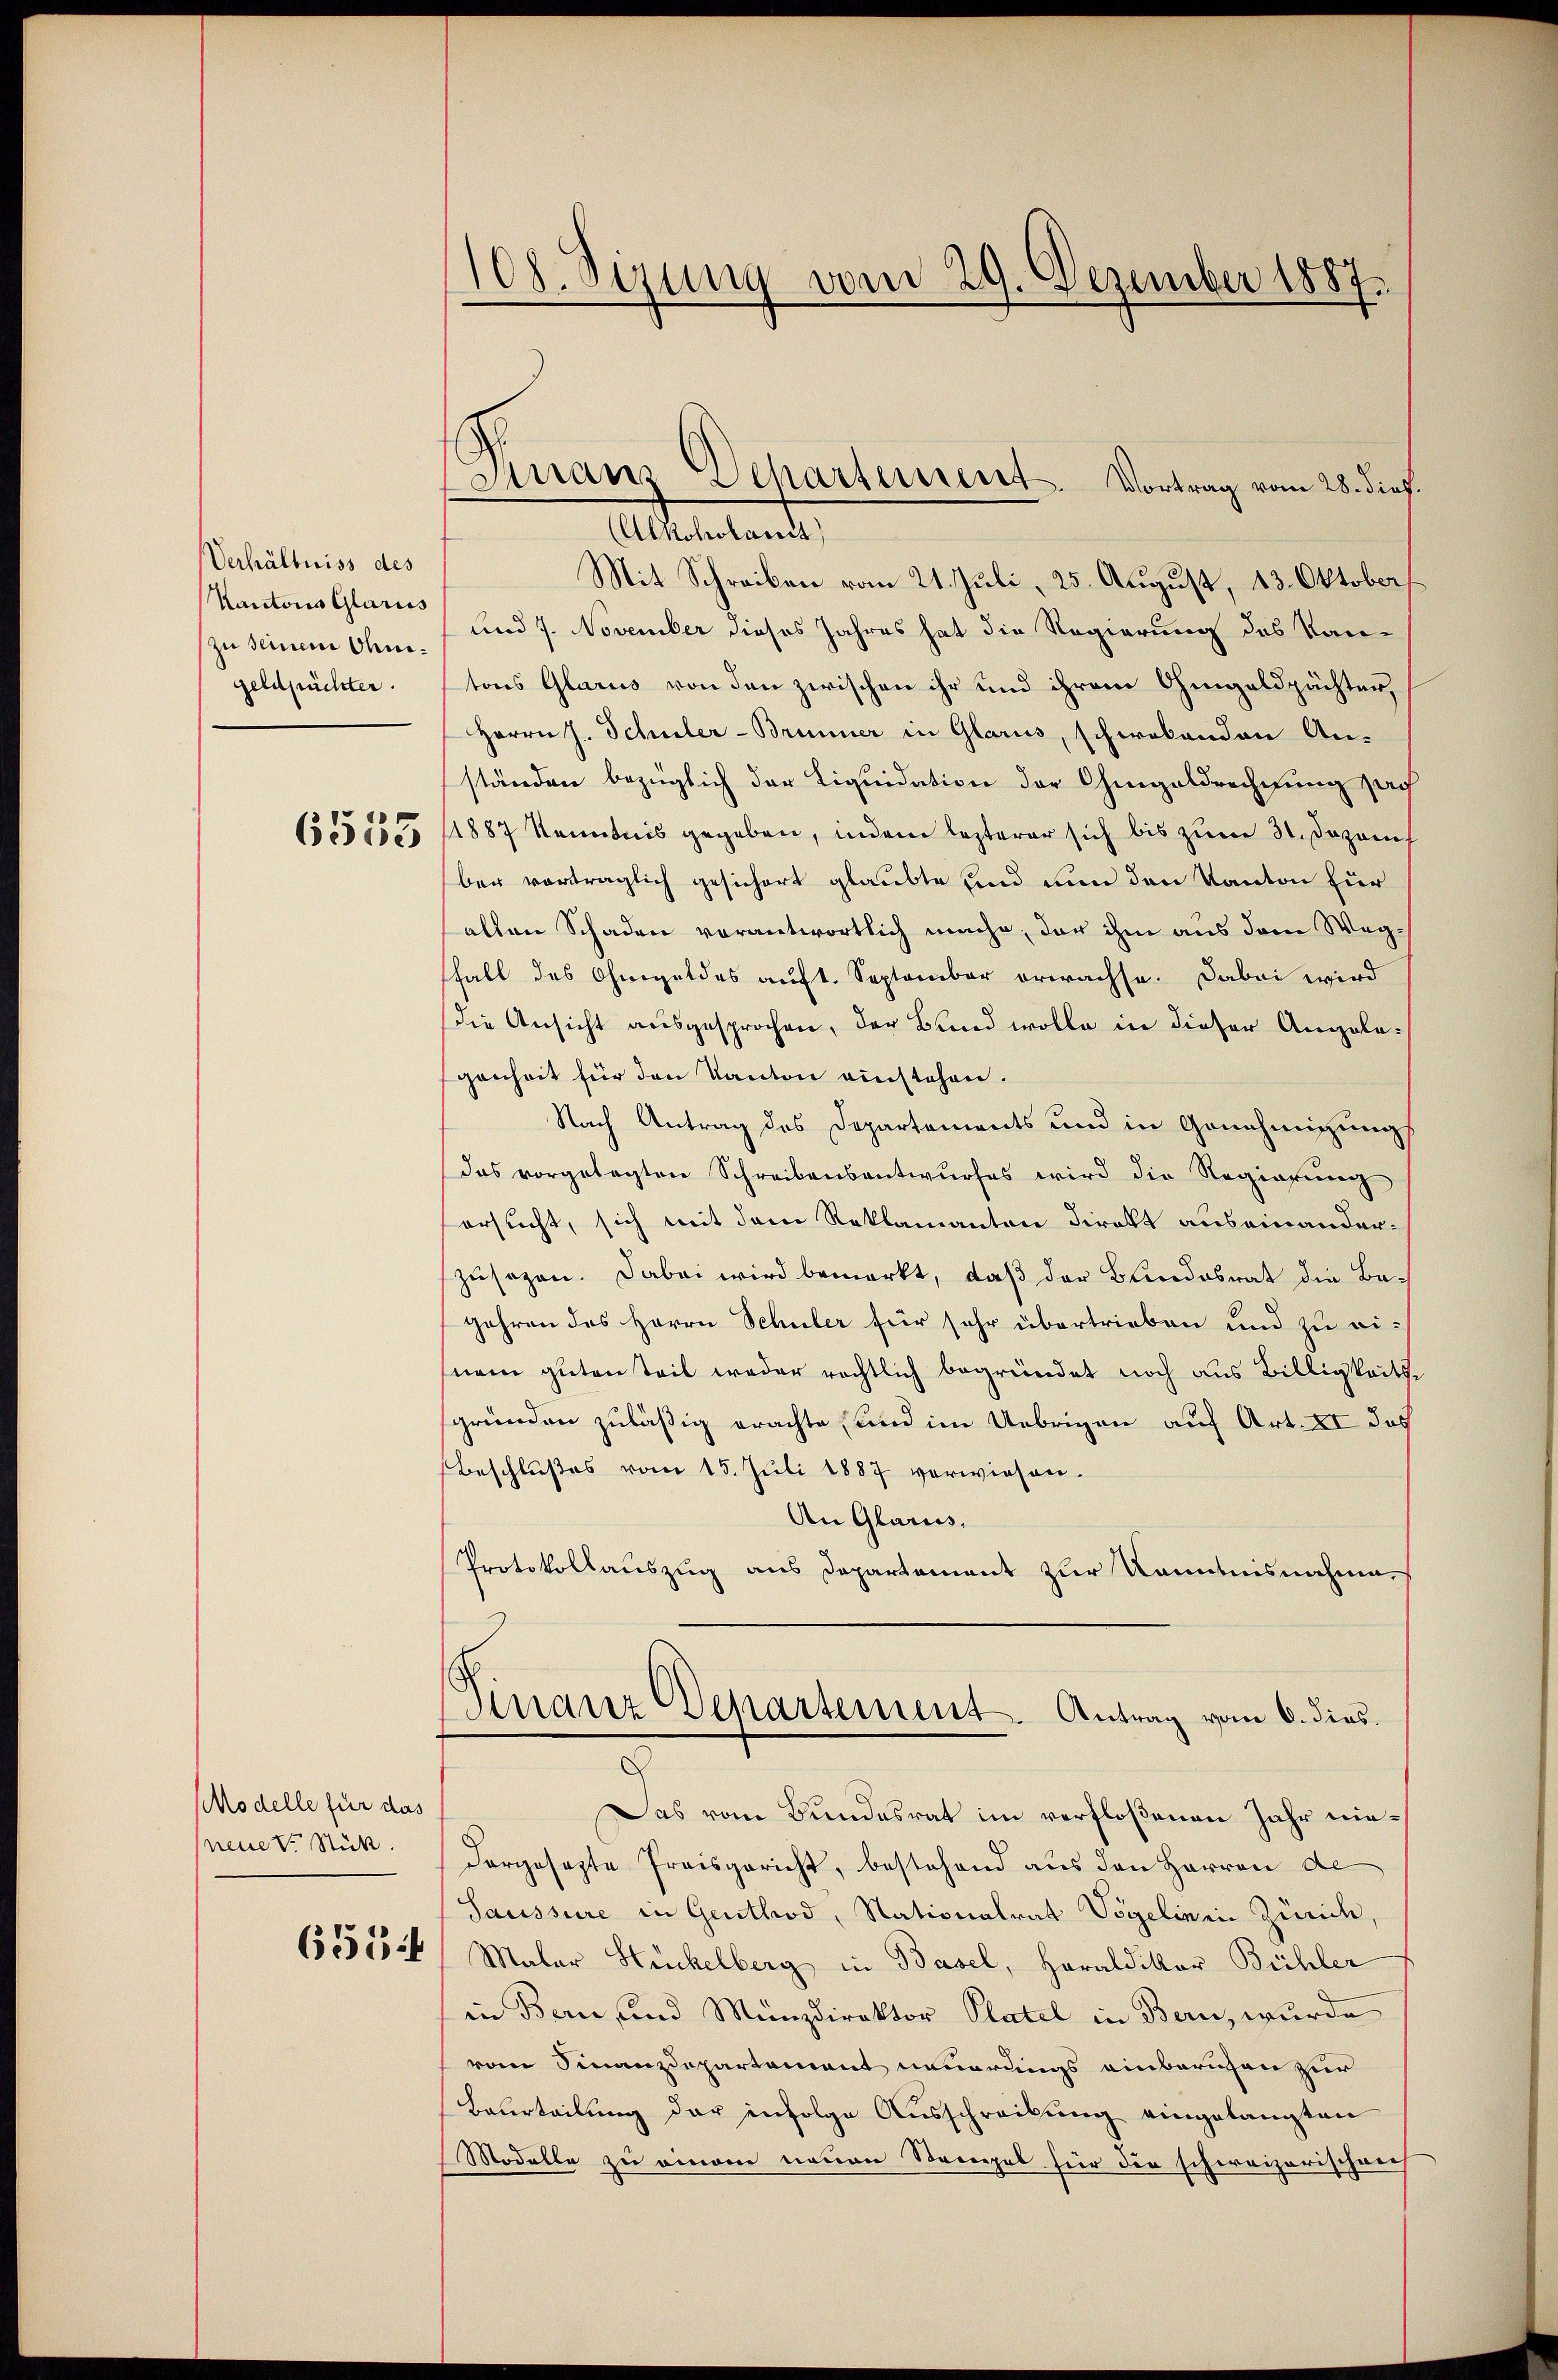
Verhältniss des
Kantons Glarus
zu seinem Ohmgeldpächter.

Modelle für das
neue von Stück.

6534

108. Sizung vom 29. Dezember 1887.

Franz Separtement. Vortrag vom 28. dies.
(Alkoholant

Mit Schreiben vom 21. Juli, 25. August, 13. Oktober
und 7. November dieses Jahres hat die Regierung des Kan-
tons Glarus von den zwischen ihr und ihrem Ohmgeldpächter,
Herrn J. Schuler-Brunner in Glarus, schwabanden An-
ständen bezüglich der Liquidation der Chingeldrechnung such
15551565 (1887 Kenntnis gegeben, indem lezterer sich bis zum 31. Dezem
ber vorträglich gesichert glaubte und nun den Kanton für
alten Schaden verantwortlich mache, der ihm aus dem Wegsfall des Ohmgeldes auft. September erwachse. Dabei wird
die Ansicht ausgesprochen, der Bund wolle in dieser Angelegenheit für den Kanton einstehen.
Nach Antrag des Departements und in Genehmigung
das vorgelegten Schreibensantwurfes wird die Regierung
ersucht, sich mit dem Reklamanton Direkt auseinanderzusagen. Dabei wird bemerkt, daß der Bundesrat die Begehren des Herrn Schuler für sehr übertrieben und zu einem guten Teil weder rechtlich begründet noch aus Billigkeitze
gründen zuläßig erachte, und im Uebrigen auf Art. II des
Beschlußes vom 15. Juli 1887 verwiesen.
An Glarus,
Protokollauszug aus Departement zur Kenntnisnahme,
Finanz Departement. Antrag vom 6. dies
Das vom Bundesrat im verfloßenen Jahr niedargesezte Preisgericht, bestehend aus den Herren de
Saussure in Genthod, Nationalrat Vogelinein Zürich
Malar Stickelberg in Basel, Haraldiker Büchler
in Bern, und Münzdirektor Platel in Bern, wurde
vom Finanzdepartement neuerungs einberuhen zur
Beurteilung der infolge Ausschreibung eingelangten
Modelle zu einem neuen Strengel für die schweizerischen